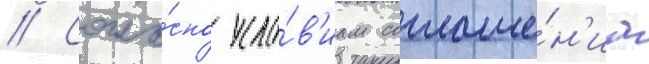
// Согла́сно усло́в'иам соглаше́н'иа